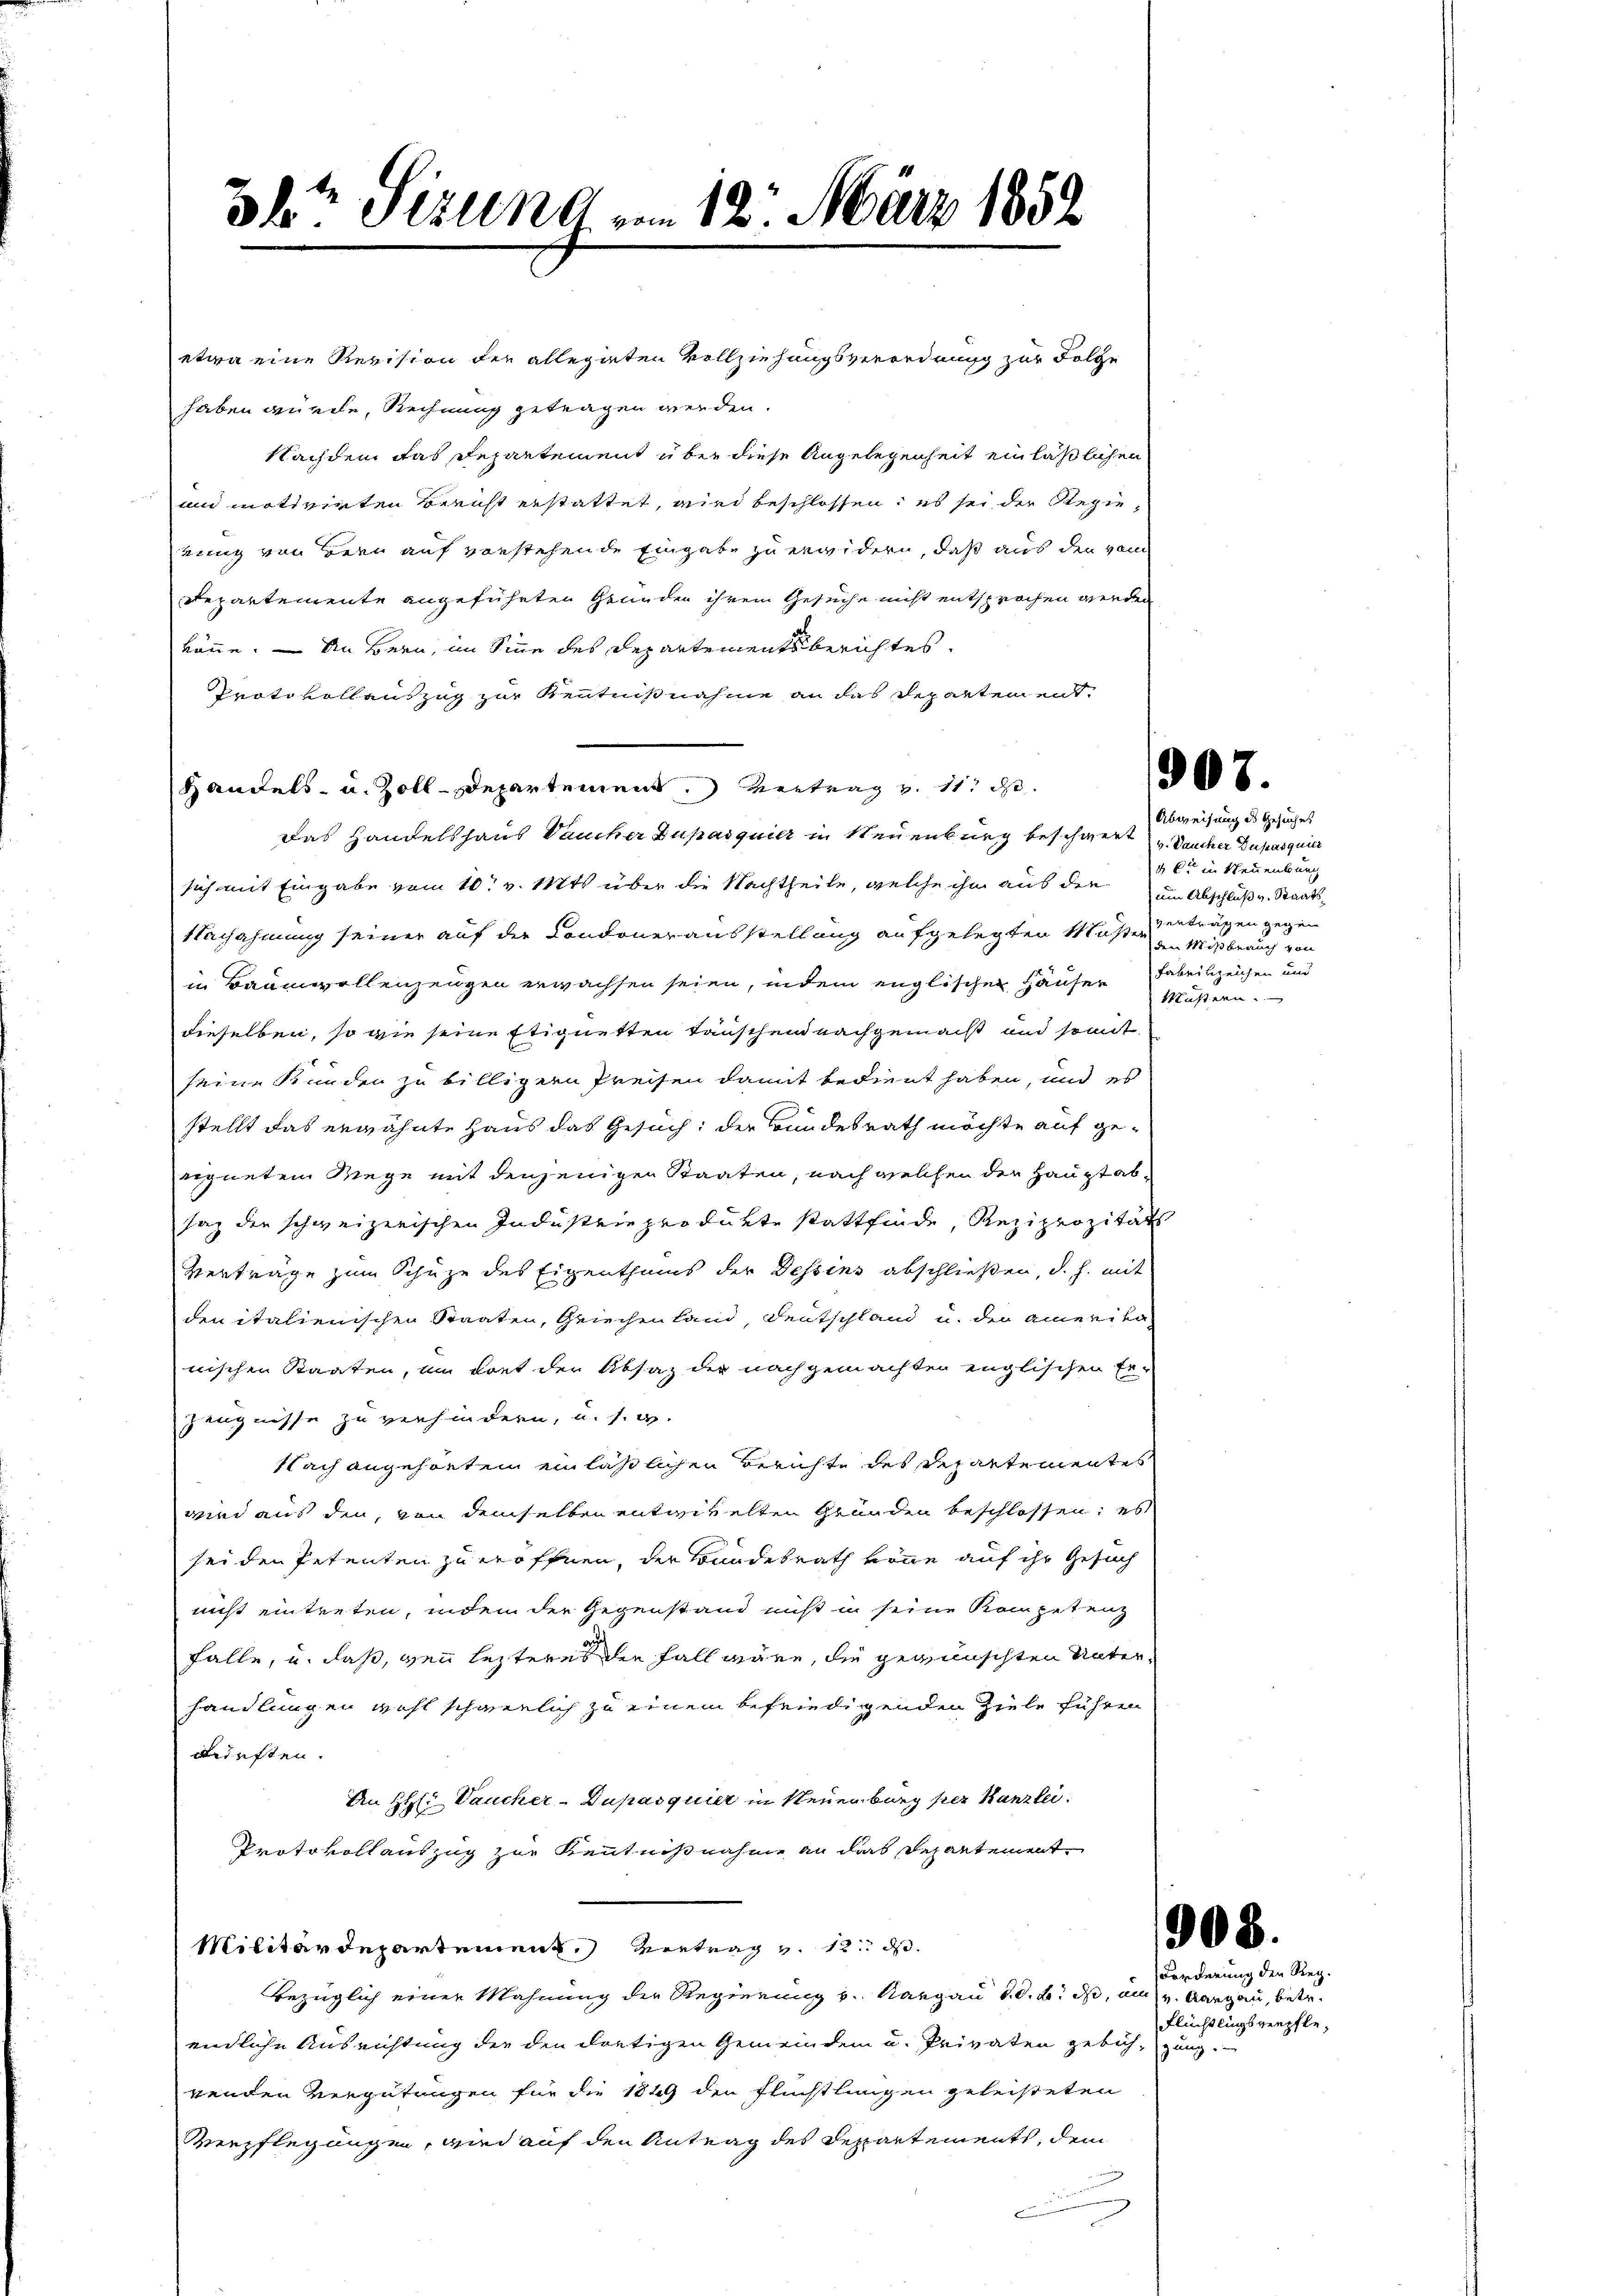
etwa eine Revision der allegirten Vollziehungsverordnung zur Folge
haben würde, Rechnung getragen werden.
Nachdem das Repartement über diese Angelegenheit einläßlichen
un motivirten Bericht erstattet, wird beschlossen, es sei der Regieeinnig von Bern auf vorstehende Eingabe zu erwidern, daß aus den vom
Repartemente angeführten Grunden ihrem Gesuche nicht entsprochen werden
könne. — An Bern, im Sinne des Departementsberichtes.
Protokollauszug zur Kenntnißnahme an das Departen ent¬
Handels- u. Zoll-Departement. Vertrag v. 11. d.
Das Handelshaus Baucher Dupasquier in Neuenburg beschwert Deucher Zuhasquier
sich mit Eingabe vom 10. v. Mts. über die Nachtheile, welche ihm aus die
Nachahmung seiner auf der Condonerausstellung aufgelegten Maße erträgen gegen
in Baumwollenzeugen erwachsen seien, indem englischen Häuser Fabrikzeichen und
dieselben, so wie seine Eignetten Tauschend nachgemacht und somit
seine Stunden zu billigern Preisen damit bedient haben, und es
stellt das erwähnte Haus das Gesuch, der Bundesrath möchte auf geeignetem Wege mit denjenigen Staaten, nach welchen der Haupt absaz der schweizerischen Industrie produkte stattfinde, Reziprozitäts
Verträge zum Schuze des Eigenthums der Dessins abschließen, d. h. mit
den italienischen Staaten, Griechen land, Deutschland u. den amerika-
nischen Staaten, um dort der Absaz der nachgemachten englischen Er-
Zeugnisse zu verhindern, u. s. w.
Nach angehörten einläßlichen Berichte des Repartementes
wid aus den, von demselben entwickelten Gründen beschlossen; es
sei den Petenten zu eröffnen, der Bundesrath könne auf ihr Gesuch
nicht eintreten, indem der Gegenstand nicht in seine Kompetenz
falle, u. daß, wenn lezteres den Fall wäre, die gewünschten Unterhandlungen wohl schwerlich zu einem befriedigenden Ziele führen
durften.
An H. Vaucher-Dupasquier in Neuenburg per Kanzlei.
Protokollauszug zur Kenntnißnahme an das Departement
Militärdepartement, Vertrag v. 12. d.
bezüglich einer Mahnung der Regierung v. Aargau d. d. B. I, ai v. Aargau, betr.
endliche Ausrichtung der den dortigen Gemeindem u. Privaten gebüh-gung.
renden Vergütungen für die 1849 den Flüchtlungen geleisteten
Verpflegungen, wird auf den Antrag des Repartements, dem
n

3lr Sirung im 12. März 1859

3

¬

Abweisung des Gesuches
3 kr. in Neuenburg
um Abschluß v. Staatsden Mißbrauch von
Müßern.

0

Forderung den Reg.
Flüchtlingsgerpfle

.